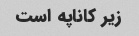
زیر کاناپه است